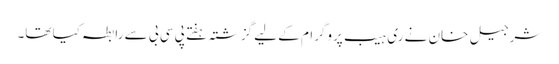
شرجیل خان نے ری ہیب پروگرام کے لیے گزشتہ ہفتے پی سی بی سے رابطہ کیا تھا۔